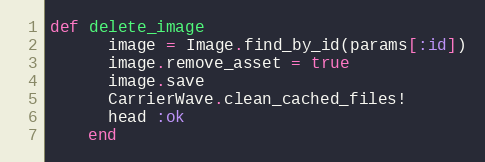
Language: Ruby
def delete_image
      image = Image.find_by_id(params[:id])
      image.remove_asset = true
      image.save
      CarrierWave.clean_cached_files!
      head :ok
    end